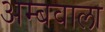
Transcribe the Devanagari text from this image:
अम्बवाला